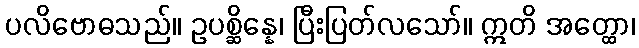
ပလိဗောဓသည်။ ဥပစ္ဆိန္နေ၊ ပြီးပြတ်လသော်။ ဣတိ အတ္ထော၊